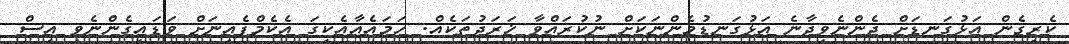
ކެރިގެން އަޅުގަނޑަށް ދެންނެވިދާނެ އަޅުގަނޑުމެންނަކަށް ނުކުރައްވާ ޚަރަދުތަކެއް. ހަމައެއާއެކީގަ އެކެމްޕެއިނަށް ވަޑައިގެންނެވި އިސް